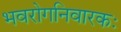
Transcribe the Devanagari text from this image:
भवरोगनिवारकः